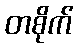
တစိုက်